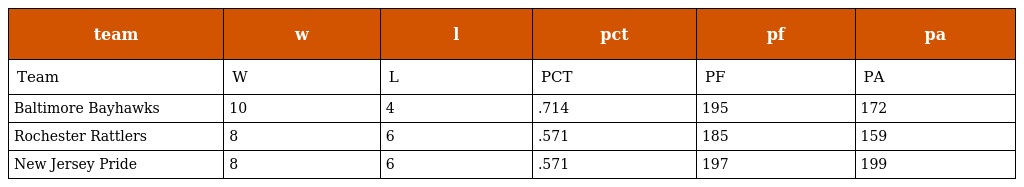
| team | w | l | pct | pf | pa |
 | --- | --- | --- | --- | --- | --- |
 | Team | W | L | PCT | PF | PA |
 | Baltimore Bayhawks | 10 | 4 | .714 | 195 | 172 |
 | Rochester Rattlers | 8 | 6 | .571 | 185 | 159 |
 | New Jersey Pride | 8 | 6 | .571 | 197 | 199 |